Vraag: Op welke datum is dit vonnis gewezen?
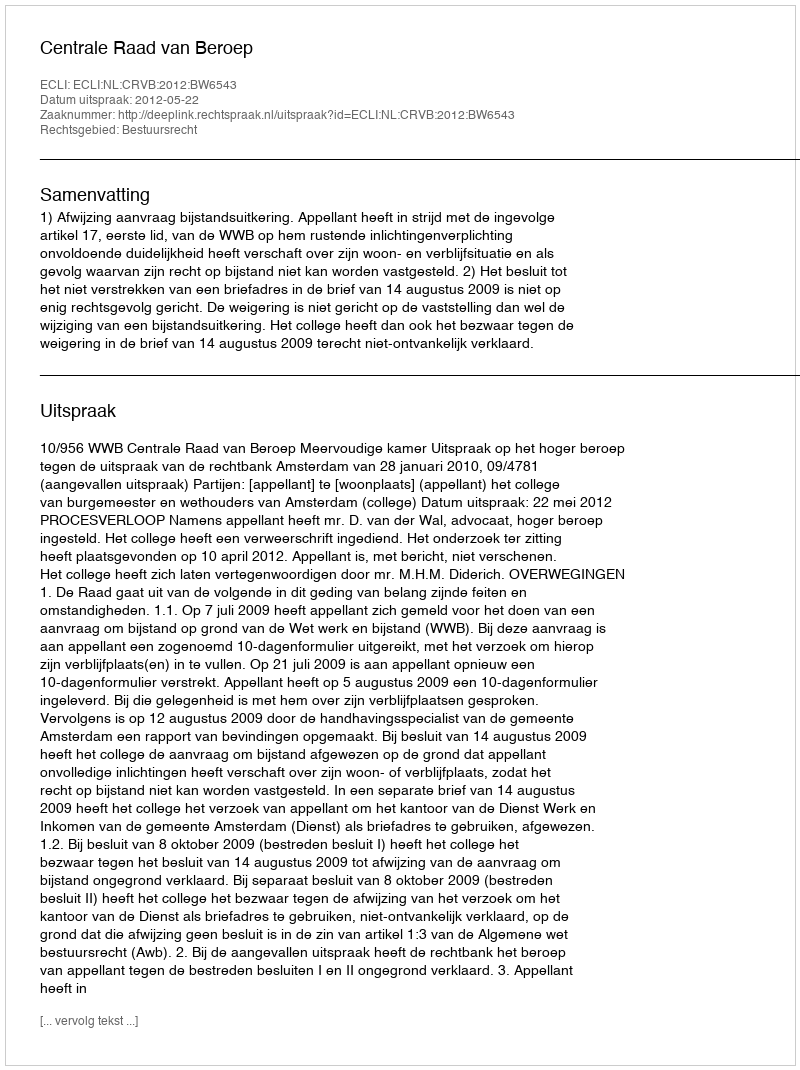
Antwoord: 2012-05-22